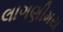
લાગણીમય